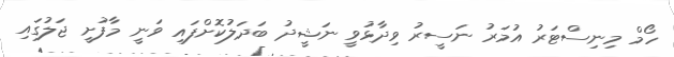
ހޯމް މިނިސްޓަރު އުމަރު ނަސީރު ވިދާޅުވީ ނަޝީދު ބަދަލުކޮށްފައި ވަނީ މާފުށީ ޖަލުގައި